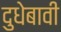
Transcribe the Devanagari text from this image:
दुधेबावी